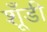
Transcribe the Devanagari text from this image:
शूँडी